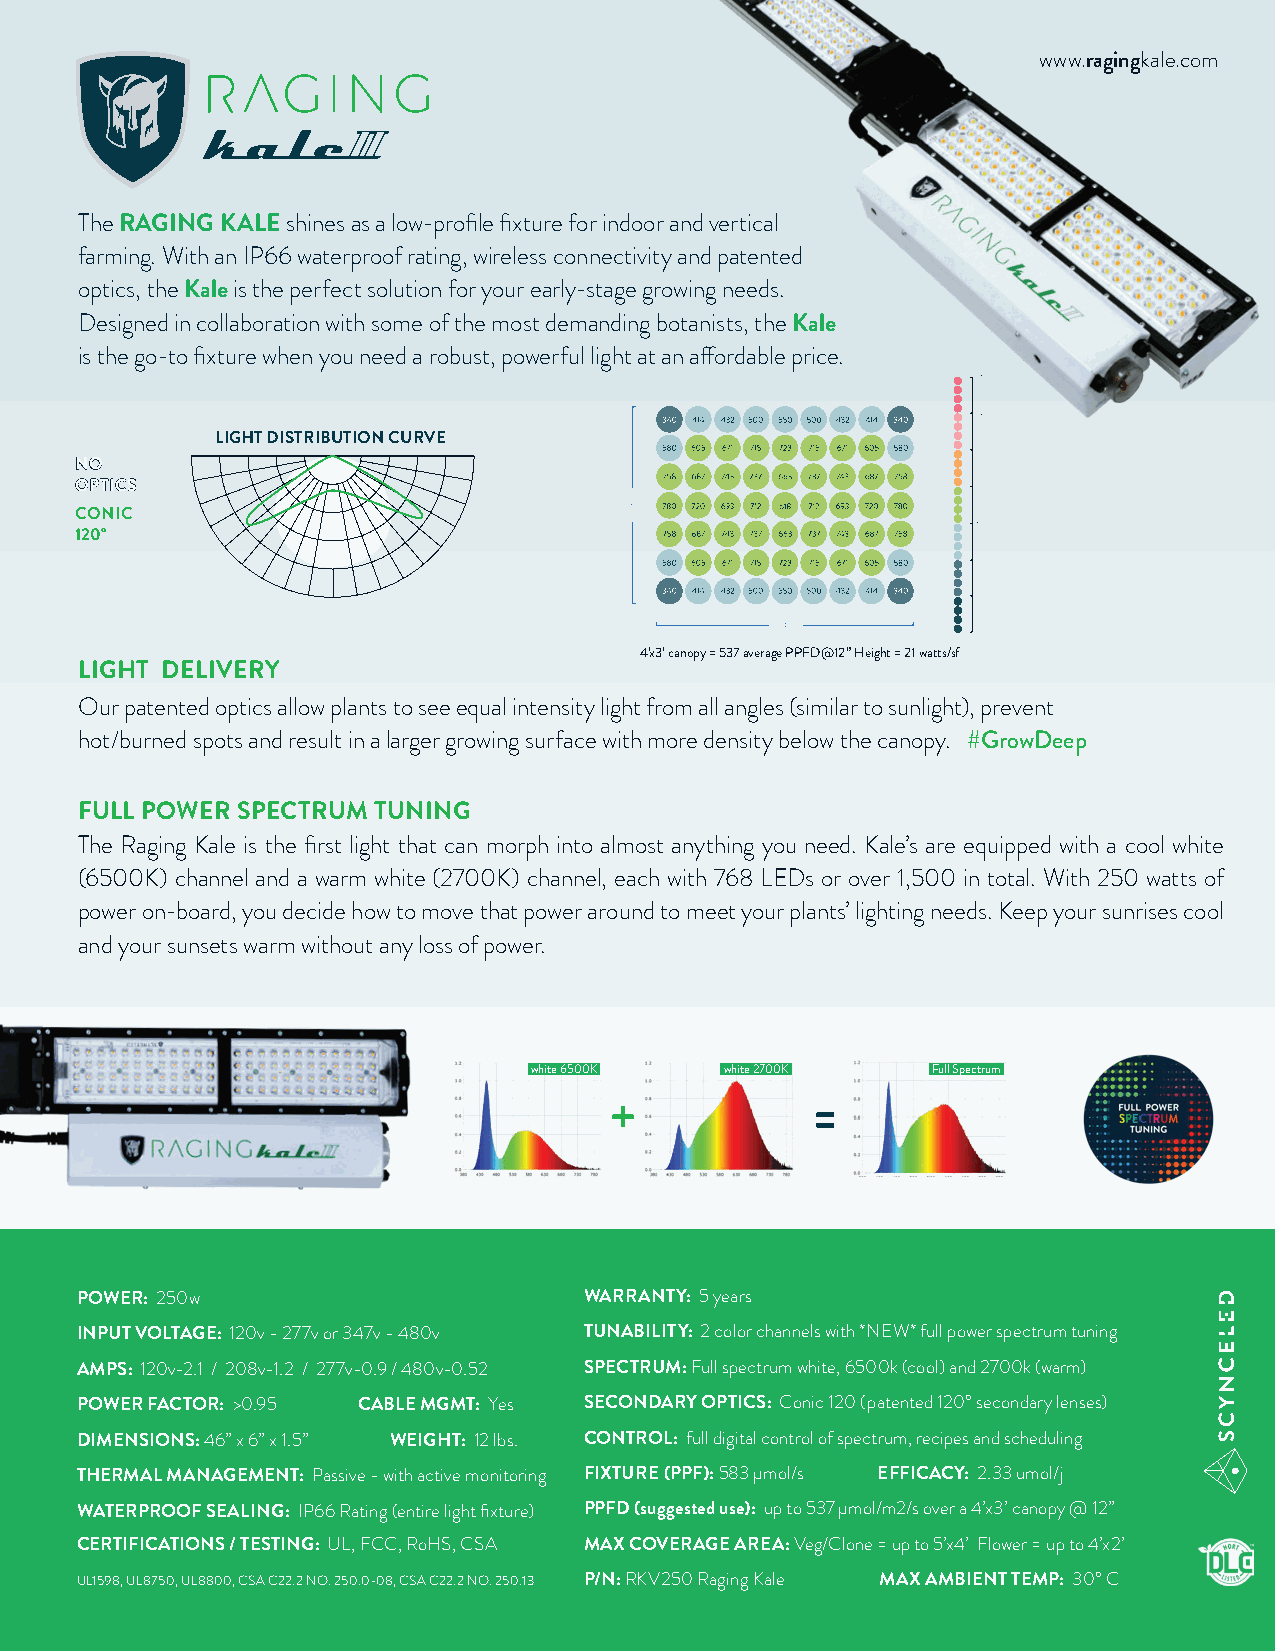
www.ragingkale.com
 The RAGING KALE shines as a low-profile fixture for indoor and vertical
 farming. With an IP66 waterproof rating, wireless connectivity and patented
 optics, the Kale is the perfect solution for your early-stage growing needs.
 Designed in collaboration with some of the most demanding botanists, the Kale
 is the go-to fixture when you need a robust, powerful light at an affordable price.
 LIGHT DISTRIBUTION CURVE
 NNOO
 OOPPTTIICCSS
 CONIC
 120°
 4’x3’ canopy = 537 average PPFD@12” Height = 21 watts/sf
 LIGHT DELIVERY
 Our patented optics allow plants to see equal intensity light from all angles (similar to sunlight), prevent
 hot/burned spots and result in a larger growing surface with more density below the canopy. #GrowDeep
 FULL POWER SPECTRUM TUNING
 The Raging Kale is the first light that can morph into almost anything you need. Kale’s are equipped with a cool white
 (6500K) channel and a warm white (2700K) channel, each with 768 LEDs or over 1,500 in total. With 250 watts of
 power on-board, you decide how to move that power around to meet your plants’ lighting needs. Keep your sunrises cool
 and your sunsets warm without any loss of power.
 white 6500K  white 2700K   Full Spectrum
 +             =
 POWER: 250w                       WARRANTY: 5 years
 INPUT VOLTAGE: 120v - 277v or 347v - 480v TUNABILITY: 2 color channels with *NEW* full power spectrum tuning
 AMPS: 120v-2.1 / 208v-1.2 / 277v-0.9 / 480v-0.52 SPECTRUM: Full spectrum white, 6500k (cool) and 2700k (warm)
 POWER FACTOR: >0.95 CABLE MGMT: Yes SECONDARY OPTICS: Conic 120 (patented 120° secondary lenses)
 DIMENSIONS: 46” x 6” x 1.5” WEIGHT: 12 lbs. CONTROL: full digital control of spectrum, recipes and scheduling
 THERMAL MANAGEMENT: Passive - with active monitoring FIXTURE (PPF): 583 μmol/s EFFICACY: 2.33 umol/j
 WATERPROOF SEALING: IP66 Rating (entire light fixture) PPFD (suggested use): up to 537 µmol/m2/s over a 4’x3’ canopy @ 12”
 CERTIFICATIONS / TESTING: UL, FCC, RoHS, CSA MAX COVERAGE AREA: Veg/Clone = up to 5’x4’ Flower = up to 4’x2’
 UL1598, UL8750, UL8800, CSA C22.2 NO. 250.0-08, CSA C22.2 NO. 250.13 P/N: RKV250 Raging Kale MAX AMBIENT TEMP: 30° C